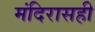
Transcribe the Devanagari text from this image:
मंदिरासही